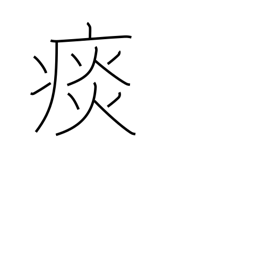
Meaning: sputum